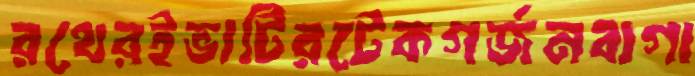
রথেরইভাটিরটেকগর্জনবাগা